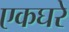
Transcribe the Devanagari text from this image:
एकघरे